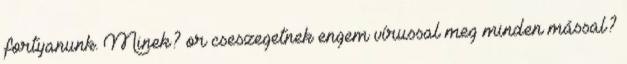
fortyanunk. Minek? or cseszegetnek engem vírussal meg minden mással?